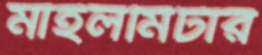
মাইলমিটার